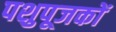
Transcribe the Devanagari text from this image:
पशुपूजकों